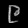
Digit: ၉